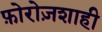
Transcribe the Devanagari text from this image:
फ़ोरोज़शाही